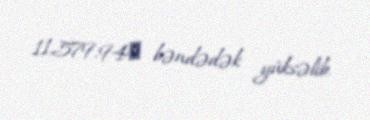
11,579.94​ bəndədək yüksəlib.